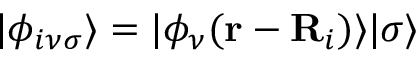
| \phi _ { i \nu \sigma } \rangle = | \phi _ { \nu } ( { \bf r } - { \bf R } _ { i } ) \rangle | \sigma \rangle